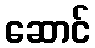
ဆောင်